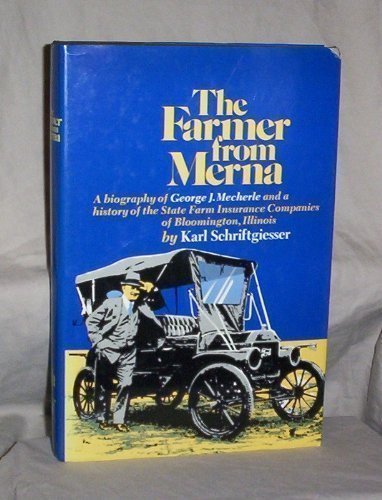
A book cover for The Farmer from Merna: A Biography of George J. Mecherle and a History of the State Farm Insurance Companies of Bloomington, Illinois; Karl Schriftgeisser; Business & Money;